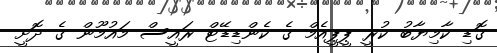
ގޮޑި ކާމިޔާބު ކުރީ ޕީޕީއެމް ގެ ކެންޑިޑޭޓް ރައީސް މައުމޫން ގެ ދޮށީ